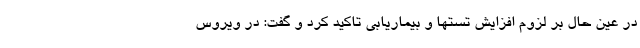
در عین حال بر لزوم افزایش تستها و بیماریابی تاکید کرد و گفت: در ویروس